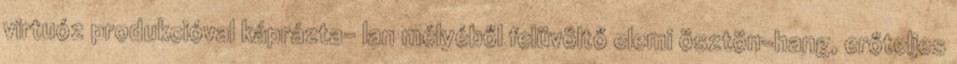
virtuóz produkcióval káprázta- lan mélyéből felüvöltő elemi ösztön-hang, erőteljes